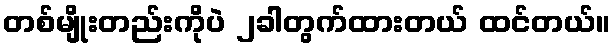
တစ်မျိုးတည်းကိုပဲ ၂ခါတွက်ထားတယ် ထင်တယ်။